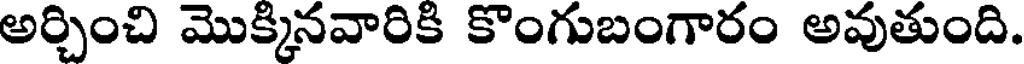
అర్చించి మొక్కినవారికి కొంగుబంగారం అవుతుంది.